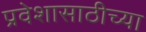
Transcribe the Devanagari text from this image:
प्रवेशासाठीच्या